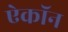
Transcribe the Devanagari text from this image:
ऐकॉन